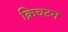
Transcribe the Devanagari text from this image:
क्रिचटन